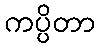
ကပ္ပိတာ